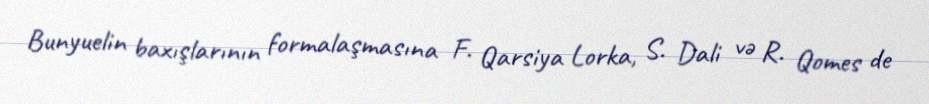
Bunyuelin baxışlarının formalaşmasına F. Qarsiya Lorka, S. Dali və R. Qomes de